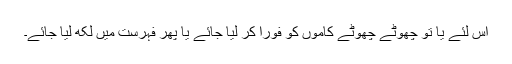
اس لئے یا تو چھوٹے چھوٹے کاموں کو فوراً کر لیا جائے یا پھر فہرست میں لکھ لیا جائے۔